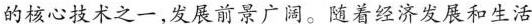
的核心技术之一,发展前景广阔。随着经济发展和生活